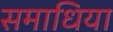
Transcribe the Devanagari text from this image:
समाधिया